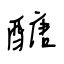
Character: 醣